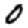
Digit: 0